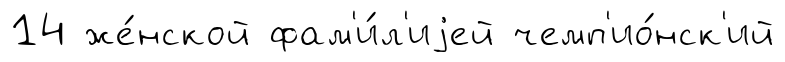
14 же́нской фам'и́л'иjей чемп'ио́нск'ий